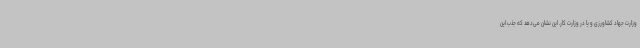
وزارت جهاد کشاورزی و یا در وزارت کار. این نشان می‌دهد که جذب این